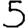
Digit: 5